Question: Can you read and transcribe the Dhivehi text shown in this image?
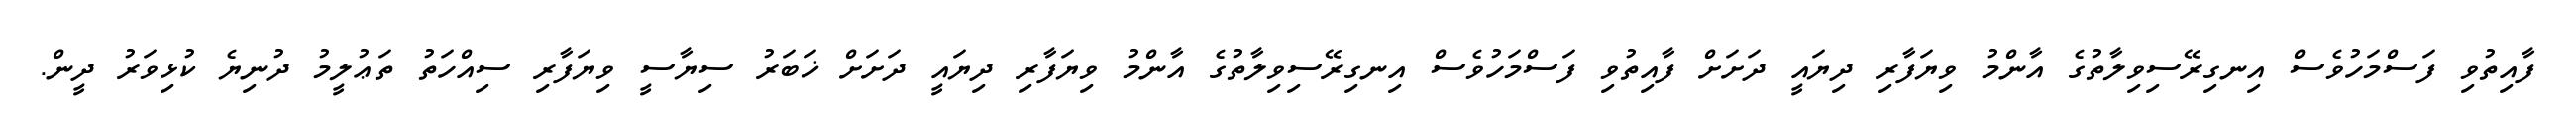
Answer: ފާއިތުވި ފަސްމަހުވެސް އިނގިރޭސިވިލާތުގެ އާންމު ވިޔަފާރި ދިޔައީ ދަށަށް ފާއިތުވި ފަސްމަހުވެސް އިނގިރޭސިވިލާތުގެ އާންމު ވިޔަފާރި ދިޔައީ ދަށަށް ޚަބަރު ސިޔާސީ ވިޔަފާރި ސިއްހަތު ތަޢުލީމު ދުނިޔެ ކުޅިވަރު ދީން.